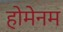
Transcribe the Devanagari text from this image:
होमेनम